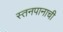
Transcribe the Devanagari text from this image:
स्तनपानाची